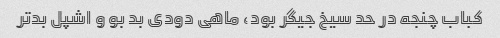
کباب چنجه در حد سیخ جیگر بود، ماهی دودی بد بو و اشپل بدتر